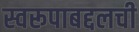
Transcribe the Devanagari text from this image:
स्वरूपाबद्दलची